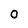
Character: 0